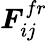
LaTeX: \boldsymbol{F}_{ij}^{fr}